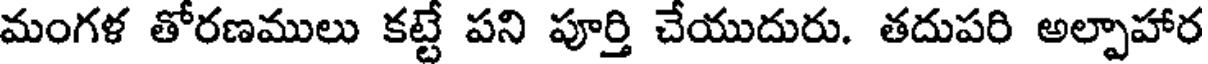
మంగళ తోరణములు కట్టే పని పూర్తి చేయుదురు. తదుపరి అల్పాహార